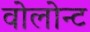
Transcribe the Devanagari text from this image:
वोलोन्ट